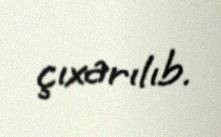
çıxarılıb.